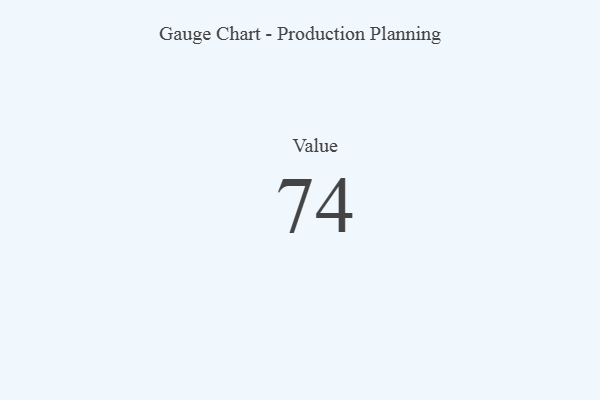
{"axis": {"x": "Metric", "y": "Value"}, "legend": [""], "data": [{"x": "Value", "y": 74, "type": ""}]}